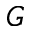
G